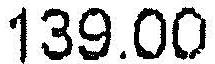
139.00